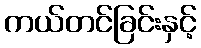
ကယ်တင်ခြင်းနှင့်